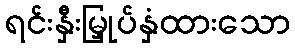
ရင်းနှီးမြှုပ်နှံထားသော